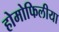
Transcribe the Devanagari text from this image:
होमोफिलीया